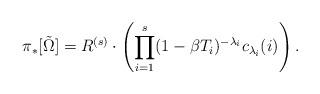
LaTeX: \begin{align*} \pi_*[\tilde\Omega] = R^{(s)}\cdot \left( \prod_{i=1}^s (1-\beta T_i)^{-\lambda_i} c_{\lambda_i}(i) \right).\end{align*}